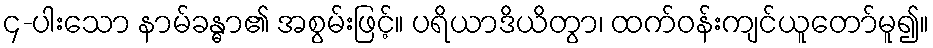
၄-ပါးသော နာမ်ခန္ဓာ၏ အစွမ်းဖြင့်။ ပရိယာဒိယိတွာ၊ ထက်ဝန်းကျင်ယူတော်မူ၍။